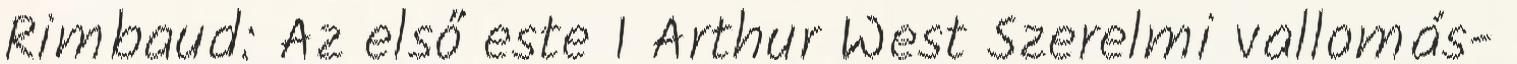
Rimbaud: Az első este 1 Arthur West Szerelmi vallomás-